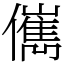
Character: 㒞